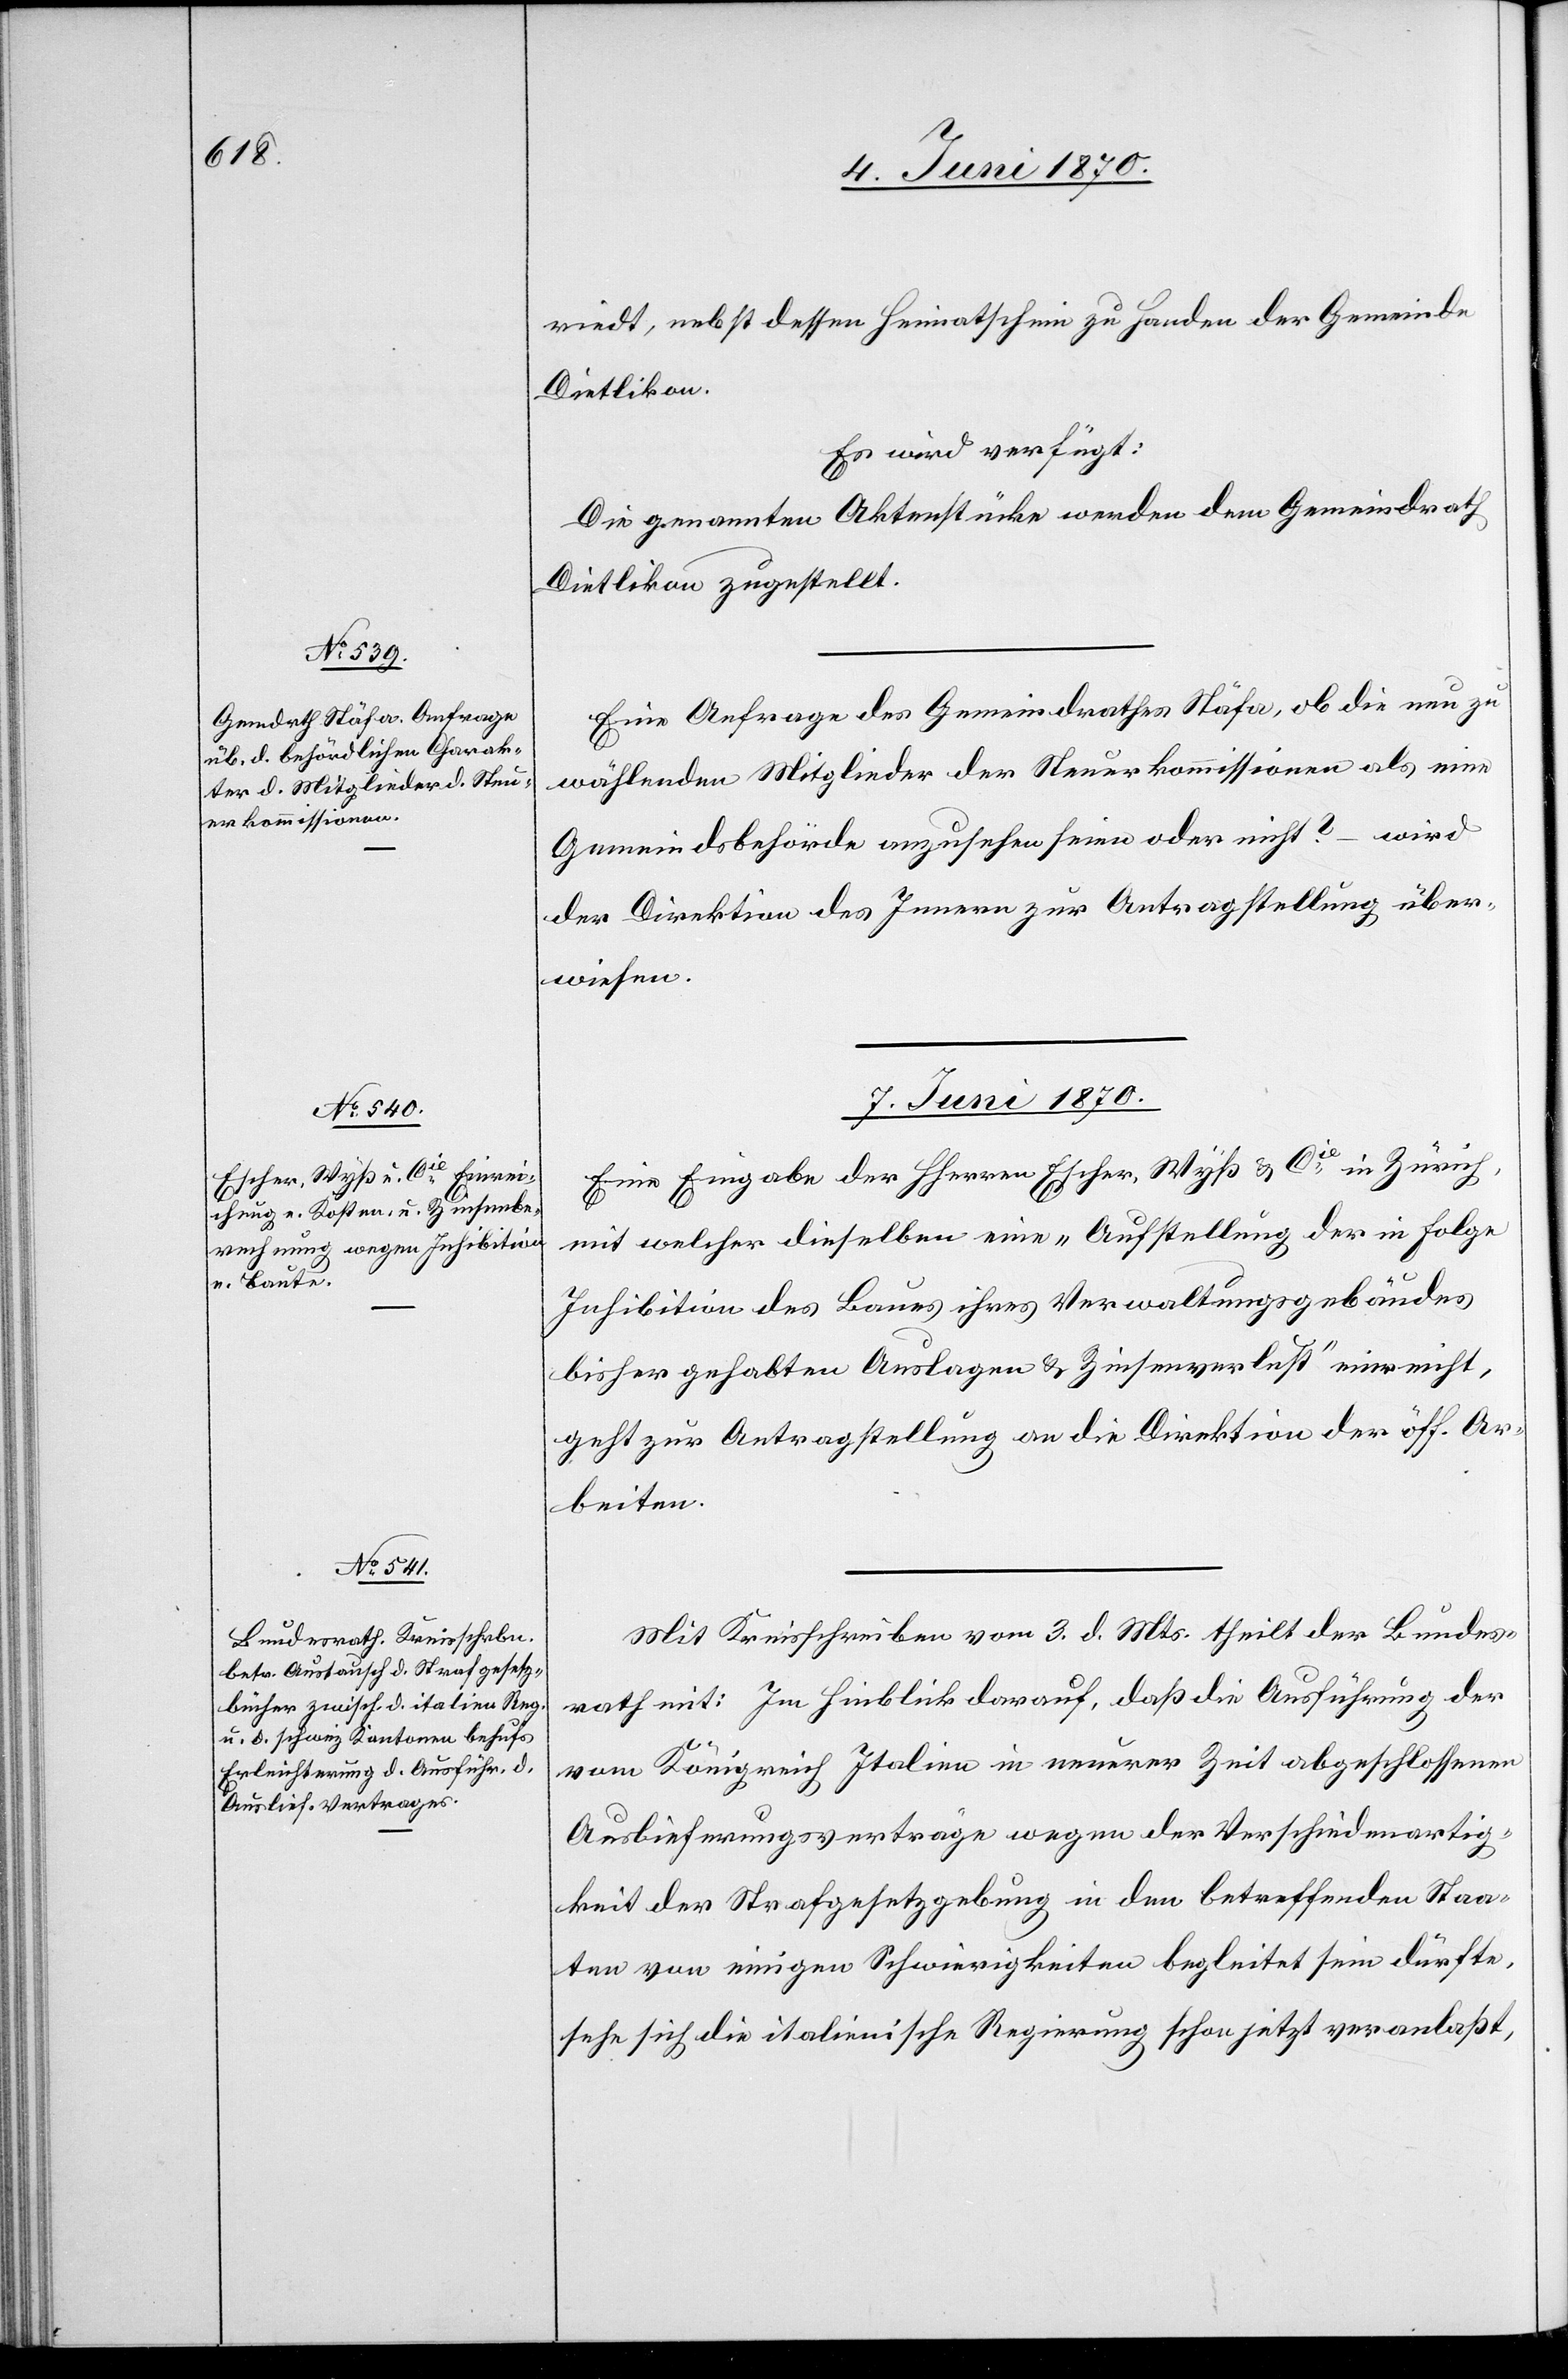
4. Juni 1870.]
riedt, nebst dessen Heimatschein zu Handen der Gemeinde
Dietlikon.
Es wird verfügt:
Die genannten Aktenstücke werden dem Gemeindrath
Dietlikon zugestellt.
Eine Anfrage des Gemeindrathes Stäfa, ob die neu zu
wählenden Mitglieder der Steuerkommissionen als eine
Gemeindsbehörde anzusehen seien oder nicht? – wird
der Direktion des Innern zur Antragstellung über¬
wiesen.
7. Juni 1870.]
Eine Eingabe der Herren Escher, Wyß & Cie in Zürich,
mit welcher dieselben eine „Aufstellung der in Folge
Inhibition des Baues ihres Verwaltungsgebäudes
bisher gehabten Auslagen & Zinsenverlust“ einreicht,
geht zur Antragstellung an die Direktion der öff. Ar¬
beiten.
Mit Kreisschreiben vom 3. d. Mts. theilt der Bundes¬
rath mit: Im Hinblick darauf, daß die Ausführung der
vom Königreich Italien in neuerer Zeit abgeschlossenen
Auslieferungsverträge wegen der Verschiedenartig¬
keit der Strafgesetzgebung in den betreffenden Staa¬
ten von einigen Schwierigkeiten begleitet sein dürfte,
sehe sich die italienische Regierung schon jetzt veranlaßt,